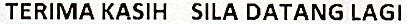
TERIMA KASIH SILA DATANG LAGI